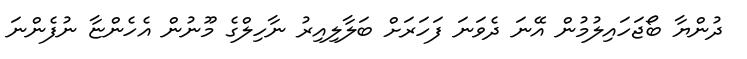
ދުންޔާ ބޯޖަހައިލުމުން އޭނަ ދެވަނަ ފަހަރަށް ބަލާލިއިރު ނާހިލްގެ މޫނުން އެހެންޏާ ނުފެންނަ